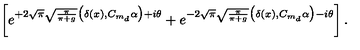
\left[ e ^ { + 2 \sqrt { \pi } \sqrt { \frac { \pi } { \pi + g } } \big ( \delta ( x ) , C _ { m _ { d } } \alpha \big ) + i \theta } + e ^ { - 2 \sqrt { \pi } \sqrt { \frac { \pi } { \pi + g } } \big ( \delta ( x ) , C _ { m _ { d } } \alpha \big ) - i \theta } \right] .